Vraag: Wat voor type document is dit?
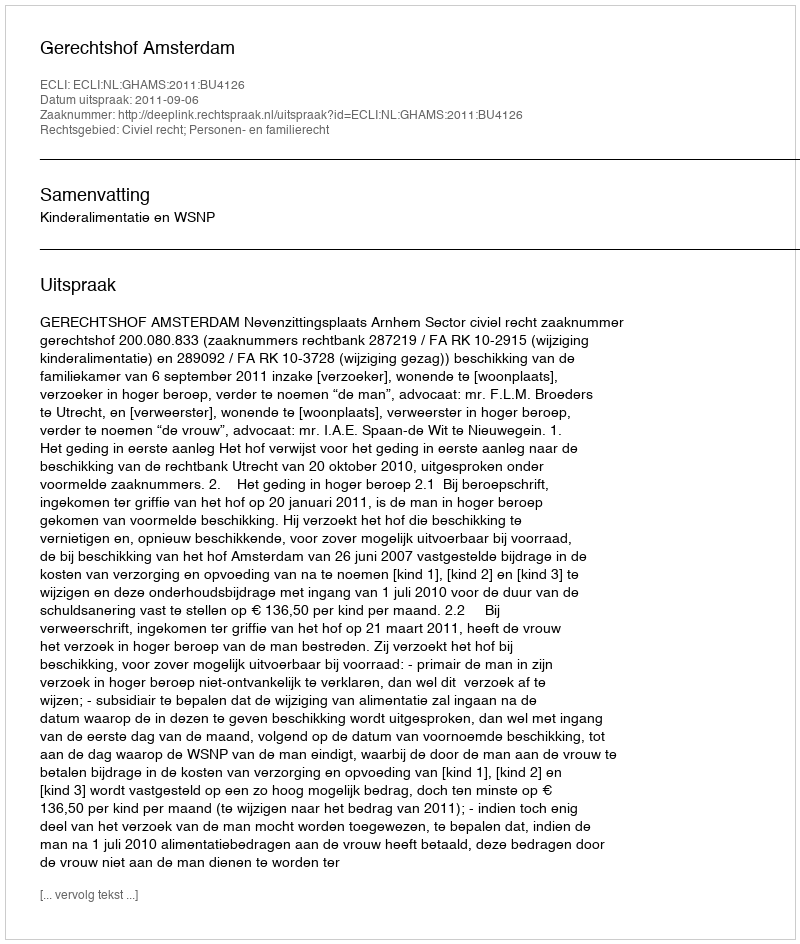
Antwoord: Uitspraak